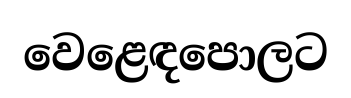
වෙළෙඳපොලට